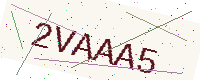
Text: 2VAAA5